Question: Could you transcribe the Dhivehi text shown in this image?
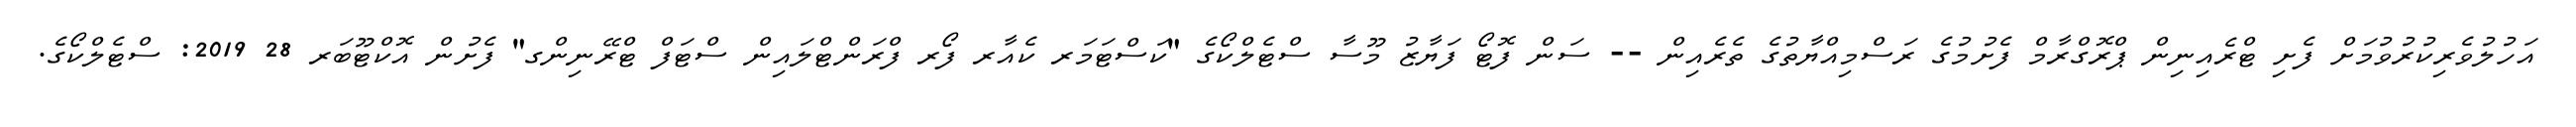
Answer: އަހުލުވެރިކުރުވުމަށް ފެށި ޓްރެއިނިން ޕްރޮގްރާމް ފެށުމުގެ ރަސްމިއްޔާތުގެ ތެރެއިން -- ސަން ފޮޓޯ ފަޔާޒު މޫސާ ސްޓެލްކޯގެ "ކަސްޓަމަރ ކެއާރ ފޯރ ފްރަންޓްލައިން ސްޓަފް ޓްރޭނިންގ" ފެށުން އޮކްޓޫބަރ 28 2019: ސްޓެލްކޯގެ.